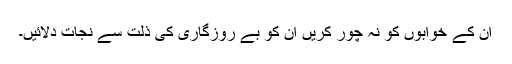
ان کے خوابوں کو نہ چور کریں ان کو بے روزگاری کی ذلت سے نجات دلائیں۔